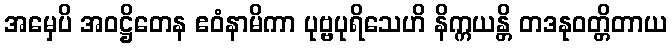
အမှေပိ အဝဋ္ဌိတေန ဧဝံနာမိကာ ပုဗ္ဗပုရိသေဟိ နိက္ကယန္တိ တဒနုဝတ္တိတာယ